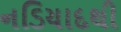
નડિયાદથી